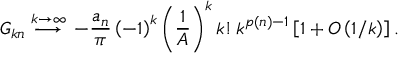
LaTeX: G _ { k n } \stackrel { k \rightarrow \infty } { \longrightarrow } \, - \frac { a _ { n } } { \pi } \left( - 1 \right) ^ { k } \left( \frac { 1 } { A } \right) ^ { k } k ! \, k ^ { p ( n ) - 1 } \left[ 1 + { \cal O } \left( 1 / k \right) \right] .